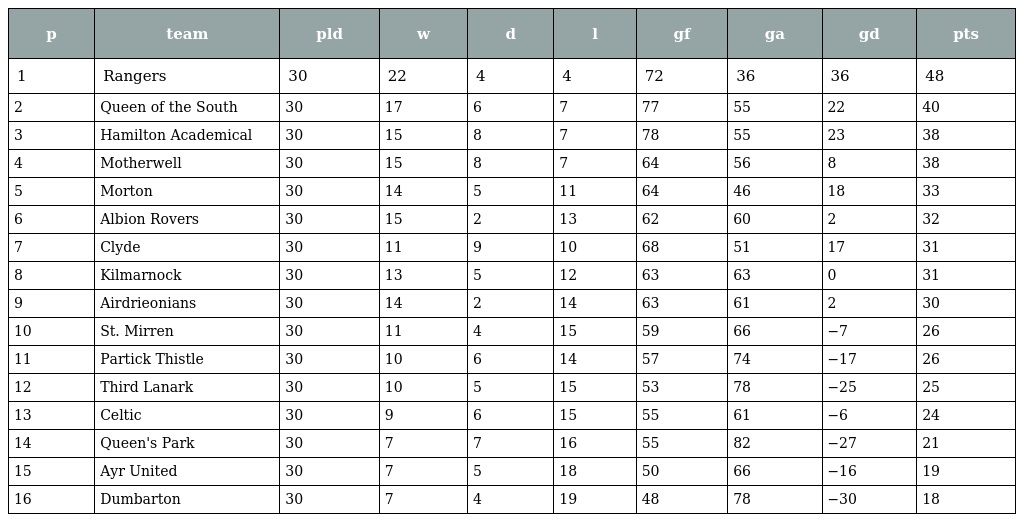
| p | team | pld | w | d | l | gf | ga | gd | pts |
 | --- | --- | --- | --- | --- | --- | --- | --- | --- | --- |
 | 1 | Rangers | 30 | 22 | 4 | 4 | 72 | 36 | 36 | 48 |
 | 2 | Queen of the South | 30 | 17 | 6 | 7 | 77 | 55 | 22 | 40 |
 | 3 | Hamilton Academical | 30 | 15 | 8 | 7 | 78 | 55 | 23 | 38 |
 | 4 | Motherwell | 30 | 15 | 8 | 7 | 64 | 56 | 8 | 38 |
 | 5 | Morton | 30 | 14 | 5 | 11 | 64 | 46 | 18 | 33 |
 | 6 | Albion Rovers | 30 | 15 | 2 | 13 | 62 | 60 | 2 | 32 |
 | 7 | Clyde | 30 | 11 | 9 | 10 | 68 | 51 | 17 | 31 |
 | 8 | Kilmarnock | 30 | 13 | 5 | 12 | 63 | 63 | 0 | 31 |
 | 9 | Airdrieonians | 30 | 14 | 2 | 14 | 63 | 61 | 2 | 30 |
 | 10 | St. Mirren | 30 | 11 | 4 | 15 | 59 | 66 | −7 | 26 |
 | 11 | Partick Thistle | 30 | 10 | 6 | 14 | 57 | 74 | −17 | 26 |
 | 12 | Third Lanark | 30 | 10 | 5 | 15 | 53 | 78 | −25 | 25 |
 | 13 | Celtic | 30 | 9 | 6 | 15 | 55 | 61 | −6 | 24 |
 | 14 | Queen's Park | 30 | 7 | 7 | 16 | 55 | 82 | −27 | 21 |
 | 15 | Ayr United | 30 | 7 | 5 | 18 | 50 | 66 | −16 | 19 |
 | 16 | Dumbarton | 30 | 7 | 4 | 19 | 48 | 78 | −30 | 18 |